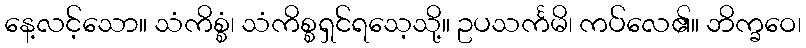
နေ့လင့်သော။ သံကိစ္စံ၊ သံကိစ္စရှင်ရသေ့သို့။ ဥပသင်္ကမိ၊ ကပ်လေ၏။ ဘိက္ခဝေ၊